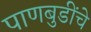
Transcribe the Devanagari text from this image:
पाणबुडींचे